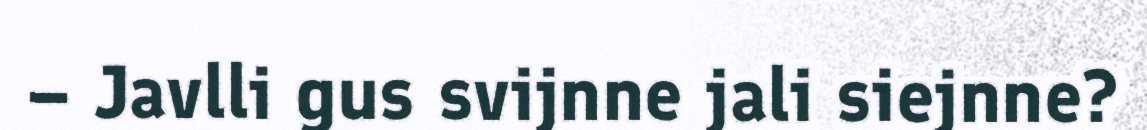
– Javlli gus svijnne jali siejnne?